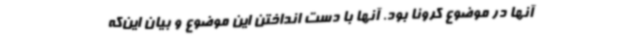
آنها در موضوع کرونا بود. آنها با دست انداختن این موضوع و بیان این‌که